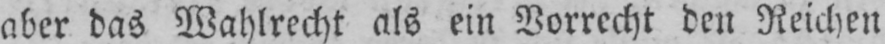
aber das Wahlrecht als ein Vorrecht den Reichen